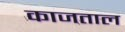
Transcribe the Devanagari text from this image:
काजताल